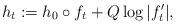
LaTeX: \begin{align*}h_t: = h_0 \circ f_t + Q \log | f_t'| ,\end{align*}